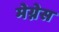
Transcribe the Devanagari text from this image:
मेग्नेस